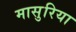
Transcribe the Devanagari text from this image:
मासुरिया